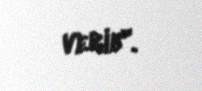
verib".